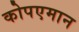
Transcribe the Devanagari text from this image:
कोपएमान